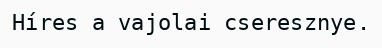
Híres a vajolai cseresznye.